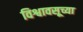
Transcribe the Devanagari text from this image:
विश्वावसूच्या